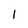
Character: l